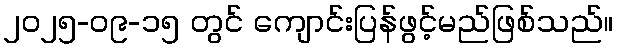
၂၀၂၅-၀၉-၁၅ တွင် ကျောင်းပြန်ဖွင့်မည်ဖြစ်သည်။